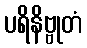
ပရိနိဗ္ဗုတံ